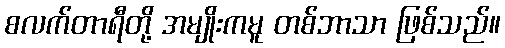
စလက်တာရီတို့ အမျိုးကမူ တစ်ဘာသာ ဖြစ်သည်။